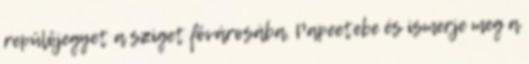
repülőjegyet a sziget fővárosába, Papeetebe és ismerje meg a